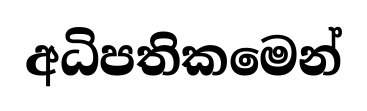
අධිපතිකමෙන්